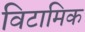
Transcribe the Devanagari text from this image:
विटामिक